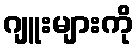
ဂျူးများကို